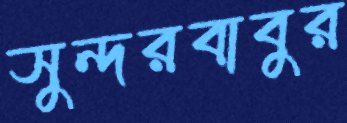
সুন্দরবাবুর